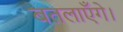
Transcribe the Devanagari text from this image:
बतलाएँगे।